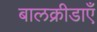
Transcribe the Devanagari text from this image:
बालक्रीडाएँ